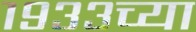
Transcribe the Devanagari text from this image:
१९३३च्या